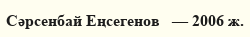
Сәрсенбай Еңсегенов   — 2006 ж.